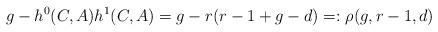
LaTeX: \begin{align*}g - h^0(C,A) h^1(C,A) = g - r ( r -1 + g - d) = : \rho(g,r-1,d) \end{align*}